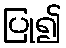
ပြု၍